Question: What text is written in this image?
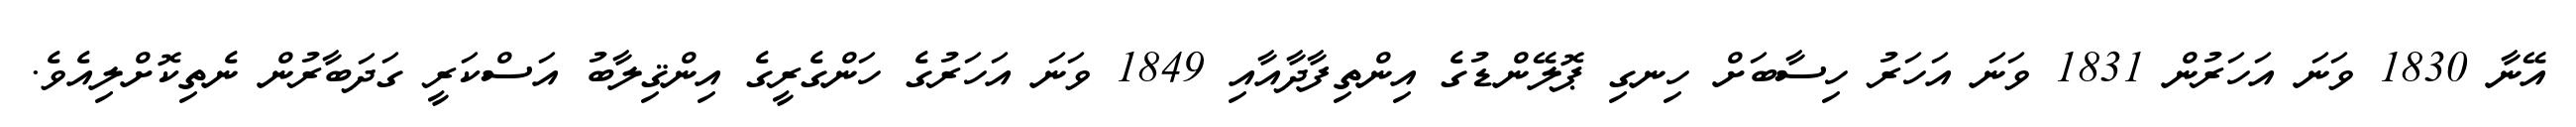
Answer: އޭނާ 1830 ވަނަ އަހަރުން 1831 ވަނަ އަހަރު ހިސާބަށް ހިނގި ޕޮލޭންޑުގެ އިންތިފާދާއާއި 1849 ވަނަ އަހަރުގެ ހަންގެރީގެ އިންޤިލާބު އަސްކަރީ ގަދަބާރުން ނެތިކޮށްލިއެވެ.